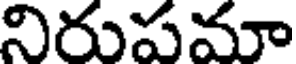
నిరుపమా